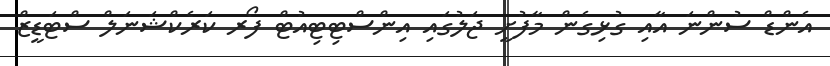
އެންޑް ސުންނަ އާާއި ގުޅިގެން މާފުށީ ޖަލުގައި އިންސްޓިޓިއުޓް ފޯރ ކަރެކްޝަނަލް ސްޓަޑީޒް